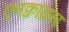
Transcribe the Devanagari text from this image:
एनक्वाय्ररर